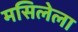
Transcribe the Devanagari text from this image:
मसिलेला